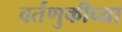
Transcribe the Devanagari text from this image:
वर्तणुकीच्या